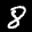
Label: 8